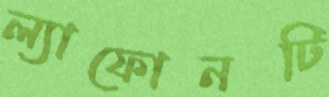
ল্যাফোনটি